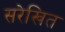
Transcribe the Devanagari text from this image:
सरेखित